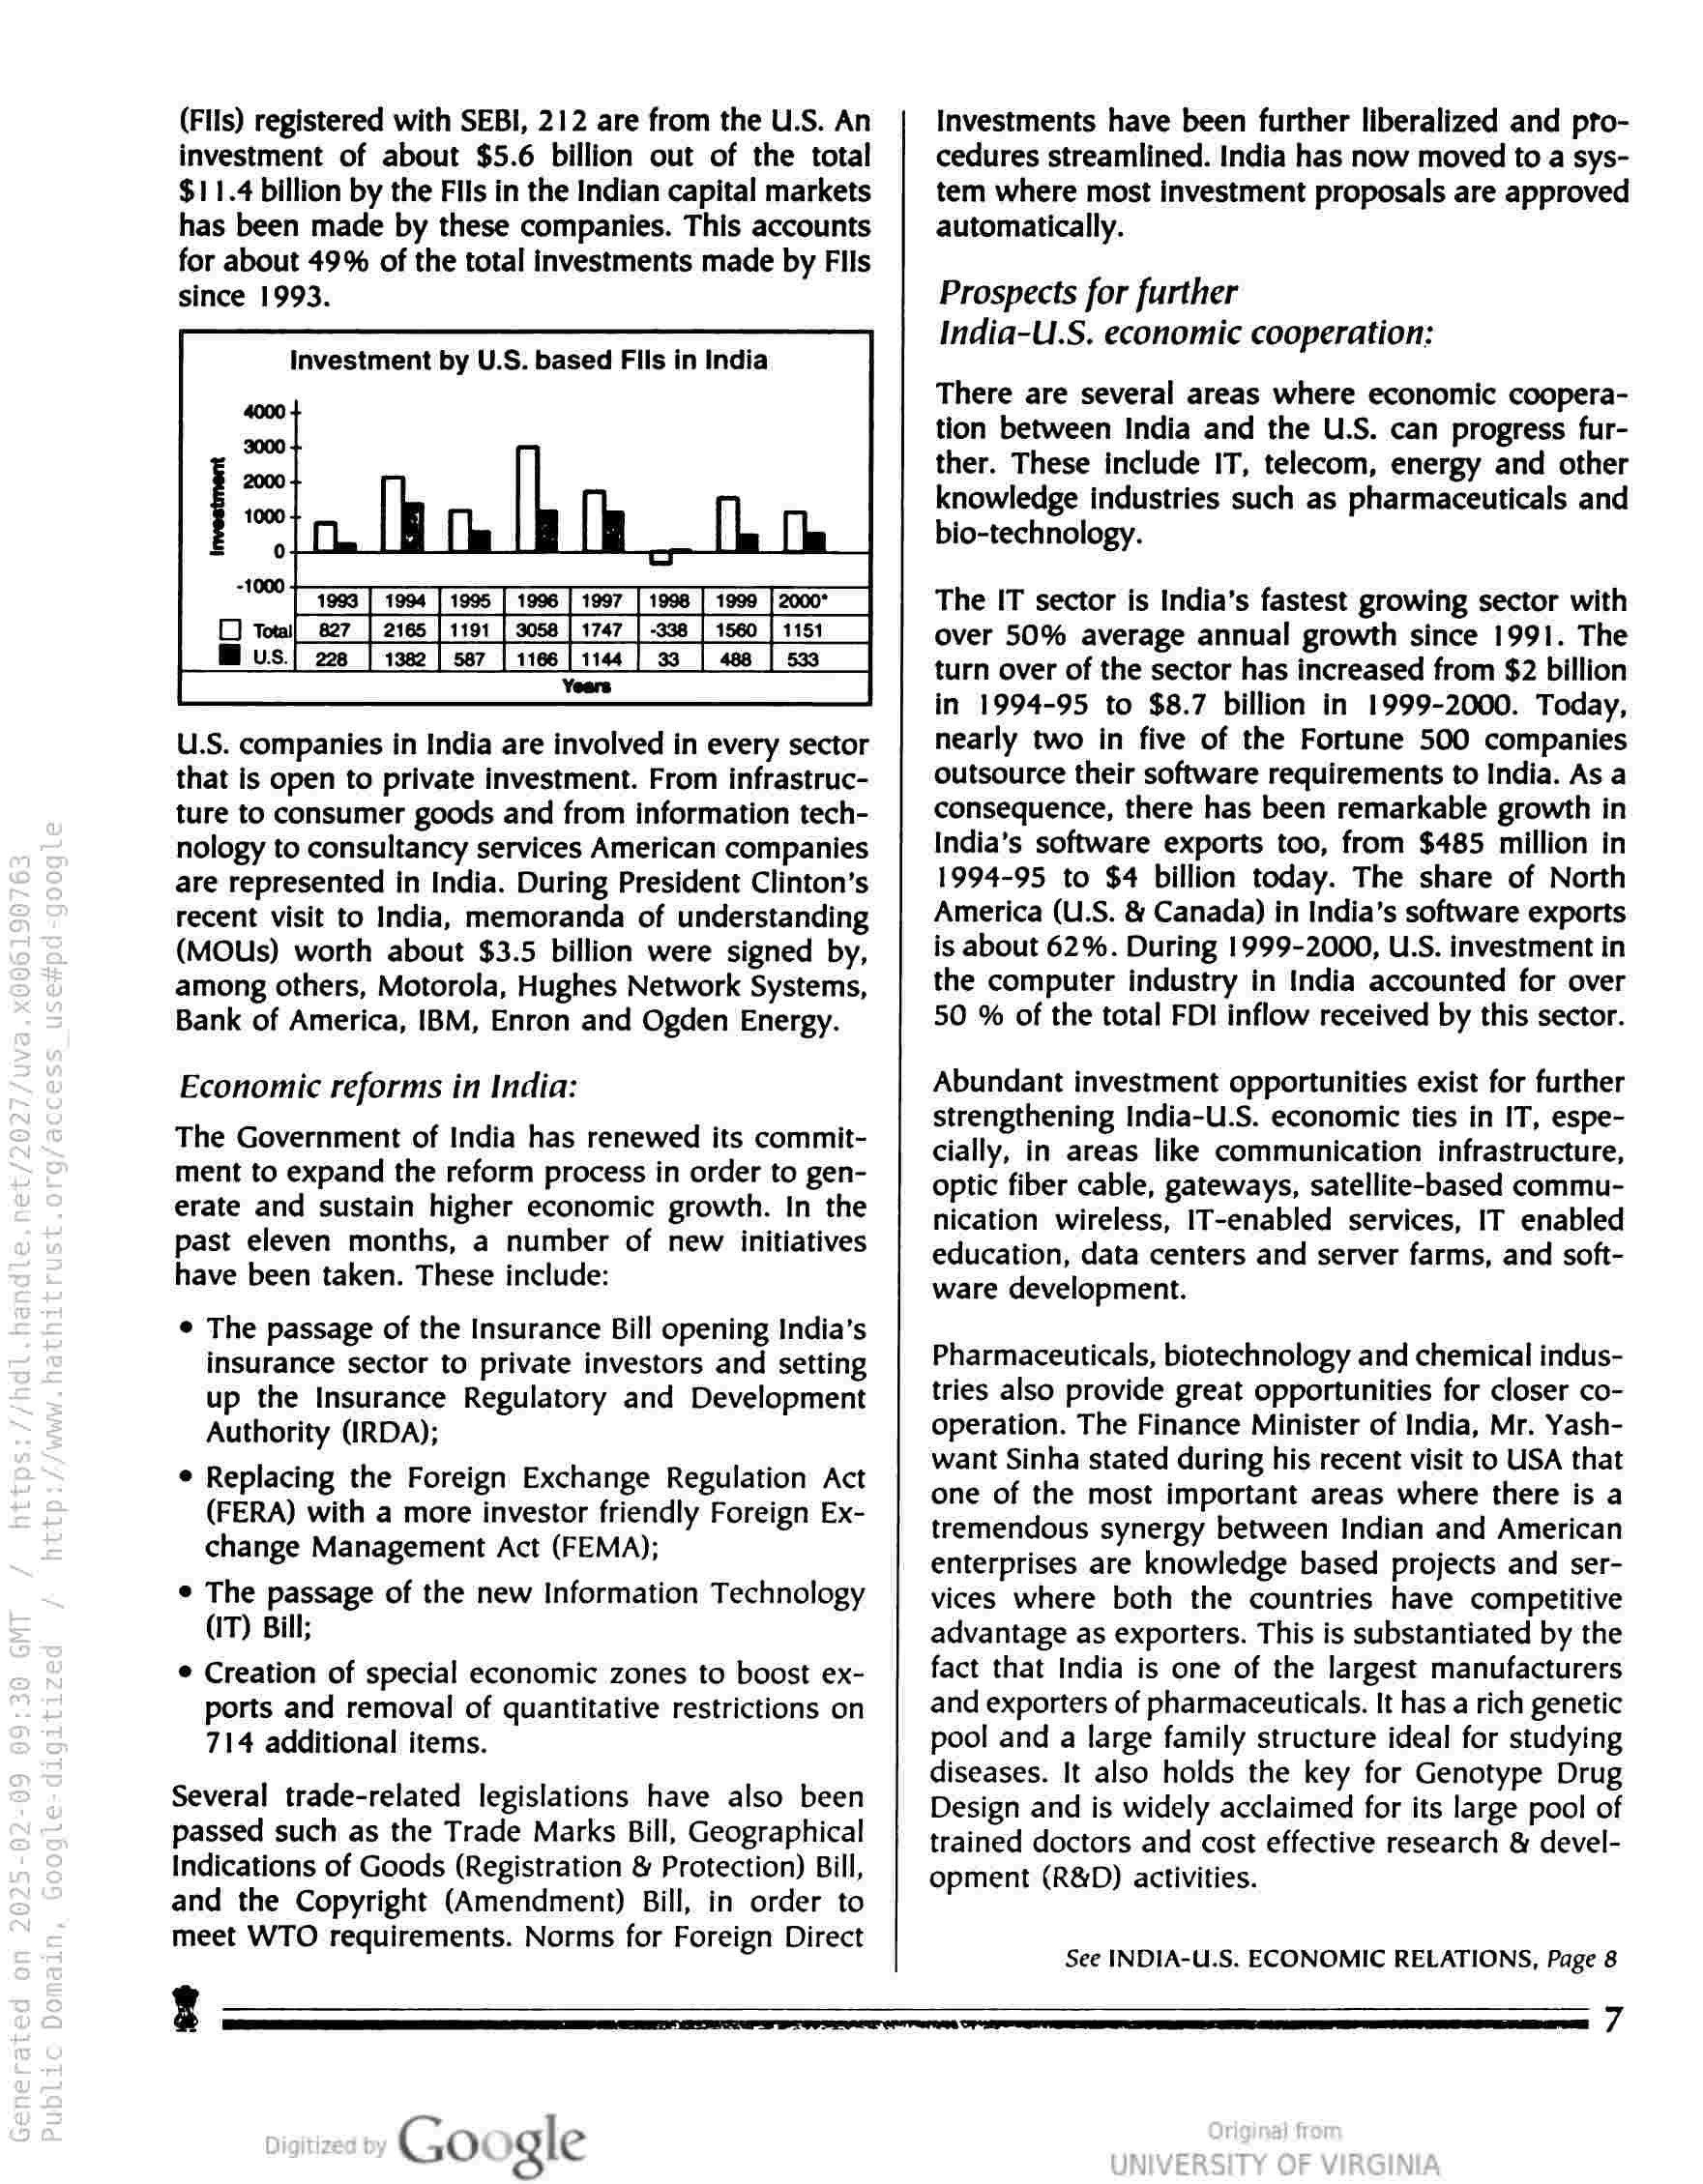
(Fils) registered with SEBI, 212 are from the U.S. An
investment of about $5.6 billion out of the total
$11.4 billion by the Fils in the Indian capital markets
has been made by these companies. This accounts
for about 49% of the total investments made by Fils
since 1993.

Investment by U.S. based Fils in India

Mus. Faas 1 aee Ter Live Pitea [ss

U.S. companies in India are involved in every sector
that is open to private investment. From infrastruc-
ture to consumer goods and from information tech-
nology to consultancy services American companies
are represented in India. During President Clinton’s
recent visit to India, memoranda of understanding
(MOUs) worth about $3.5 billion were signed by,
among others, Motorola, Hughes Network Systems,
Bank of America, IBM, Enron and Ogden Energy.

Economic reforms in India:

The Government of India has renewed its commit-
ment to expand the reform process in order to gen-
erate and sustain higher economic growth. In the
past eleven months, a number of new initiatives
have been taken. These include:

© The passage of the Insurance Bill opening India’s
insurance sector to private investors and setting
up the Insurance Regulatory and Development
Authority (IRDA);

¢ Replacing the Foreign Exchange Regulation Act
(FERA) with a more investor friendly Foreign Ex-
change Management Act (FEMA);

© The passage of the new Information Technology
(IT) Bill;

© Creation of special economic zones to boost ex-
ports and removal of quantitative restrictions on
714 additional items.

Several trade-related legislations have also been
passed such as the Trade Marks Bill, Geographical
Indications of Goods (Registration & Protection) Bill,
and the Copyright (Amendment) Bill, in order to
meet WTO requirements. Norms for Foreign Direct

Investments have been further liberalized and pro-
cedures streamlined. India has now moved to a sys-
tem where most investment proposals are approved
automatically.

Prospects for further
India-U.S. economic cooperation:

There are several areas where economic coopera-
tion between India and the U.S. can progress fur-
ther. These include IT, telecom, energy and other
knowledge industries such as pharmaceuticals and
bio-technology.

The IT sector is India’s fastest growing sector with
over 50% average annual growth since 1991. The
turn over of the sector has increased from $2 billion
in 1994-95 to $8.7 billion in 1999-2000. Today,
nearly two in five of the Fortune 500 companies
outsource their software requirements to India. As a
consequence, there has been remarkable growth in
India’s software exports too, from $485 million in
1994-95 to $4 billion today. The share of North
America (U.S. & Canada) in India’s software exports
is about 62%. During 1999-2000, U.S. investment in
the computer industry in India accounted for over
50 % of the total FDI inflow received by this sector.

Abundant investment opportunities exist for further
strengthening India-U.S. economic ties in IT, espe-
cially, in areas like communication infrastructure,
optic fiber cable, gateways, satellite-based commu-
nication wireless, IT-enabled services, IT enabled
education, data centers and server farms, and soft-
ware development.

Pharmaceuticals, biotechnology and chemical indus-
tries also provide great opportunities for closer co-
operation. The Finance Minister of India, Mr. Yash-
want Sinha stated during his recent visit to USA that
one of the most important areas where there is a
tremendous synergy between Indian and American
enterprises are knowledge based projects and ser-
vices where both the countries have competitive
advantage as exporters. This is substantiated by the
fact that India is one of the largest manufacturers
and exporters of pharmaceuticals. It has a rich genetic
pool and a large family structure ideal for studying
diseases. It also holds the key for Genotype Drug
Design and is widely acclaimed for its large pool of
trained doctors and cost effective research & devel-
opment (R&D) activities.

See INDIA-U.S. ECONOMIC RELATIONS, Page &

3

Google

yf